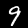
Digit: 9